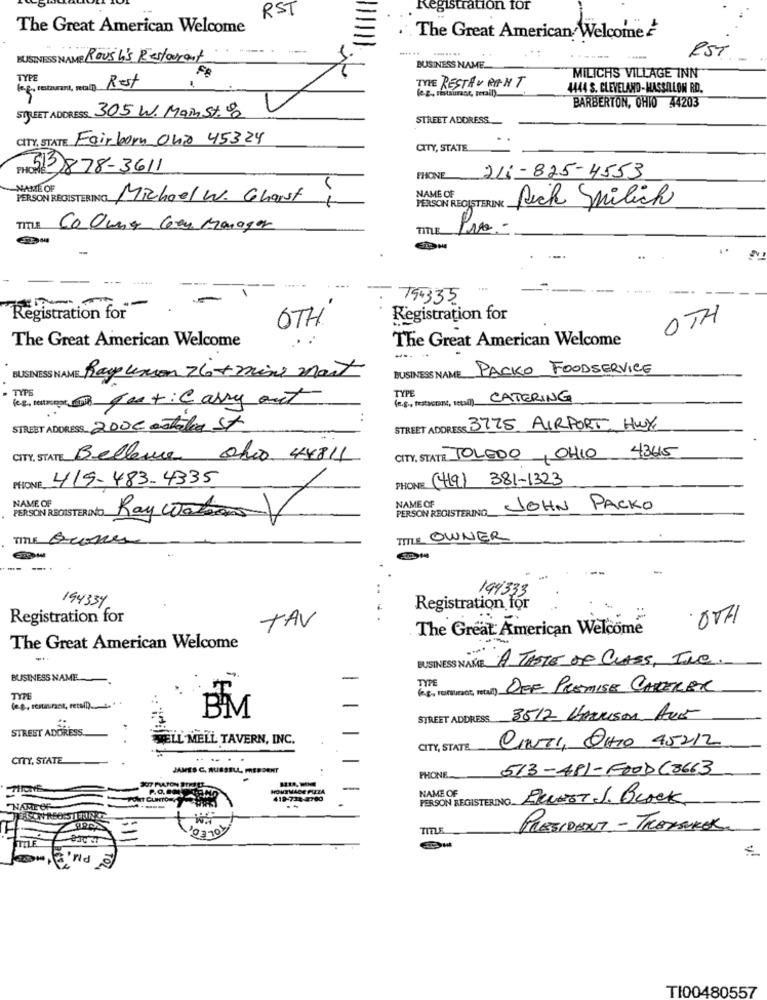
gistration for
RST
The Great American Welcome
The Great American Welcome
........
RST
BUSINESS NAME Rous h'S Restaurant
BUSINESS NAME.
TYPE
FR
TYPE RESTAURANT
MILICHS VILLAGE INN
Kg, restaurant, metal) Rest
(ez, restaurant, metal)
4444 S. CLEVELAND-HASSILLON RD.
BARBERTON, OHIO 44203
STREET ADDRESS. 305 W. Main st.8
STREET ADDRESS
CITY, STATE Fairborn Ona 45324
CITY, STATE
PHOS 3878-3611
211-825-4553
PHONE
NAME OF
NAME OF
PERSON REGISTERING Michael W. Charst
PERSON REGISTERING
Rick Milich
TITLE
Co Ouna Can Manager
TITLE
Pro-
794335
Registration for
OTH
Registration for
0TH
The Great American Welcome
The Great American Welcome
BUSINESS NAME Rapunson 76+mine mart
BUSINESS NAME PACKO FOODSERVICE
TIPS
TYPE
Kg, teurope fest: Carry out
CATERING
STREET ADDRESS 2000 astales St
STREET ADDRESS 3725 AIRPORT, HWY
4345
CITY, STATE Bellene ohio 44811
CITY, STATE TOLEDO, OHIO
419-483-4335
PHONE (419) 381-1323
PHONE
NAME OF
PERSON REGISTERING
PERSON REGISTERING_
NAME OF
JOHN PACKO
Ray wo
TIME Grove
TITLE OWNER
-
194333
194334
Registration for
Registration for
TAV
.. .
0TH
The Great American Welcome
The Great American Welcome
BUSINESS NAME A TASTE DE CLASS, INC.
BUSINESS NAME
(4), rentrant,retail) DEF PREMISE CARRERBX
TYME
(e.g ., restaurant, retail). .... "
BM
STREET ADDRESS
3512 VARUSON AUG
STREET ADDRESS.
WELL MELL TAVERN, INC.
CITY, STATE
CINTI, OHIO 45212
CITY, STATE
JAMES C. RUSSELL FRED DENT
513-481-FOODC3663
PHONE
HOUTMACE PIZZA
NAME OF
PONT CLINTON
419-734:4760
PERSON REGISTERING ERNEST J. Block
COLEDI
TITLE
PRESIDENT - TRANSKER
TILE
ind
TI00480557